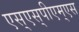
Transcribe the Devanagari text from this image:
एस्‌एस्‌पीएम्‌एस